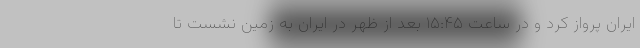
ایران پرواز کرد و در ساعت ۱۵:۴۵ بعد از ظهر در ایران به زمین نشست تا